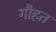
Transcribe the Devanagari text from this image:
गौहत